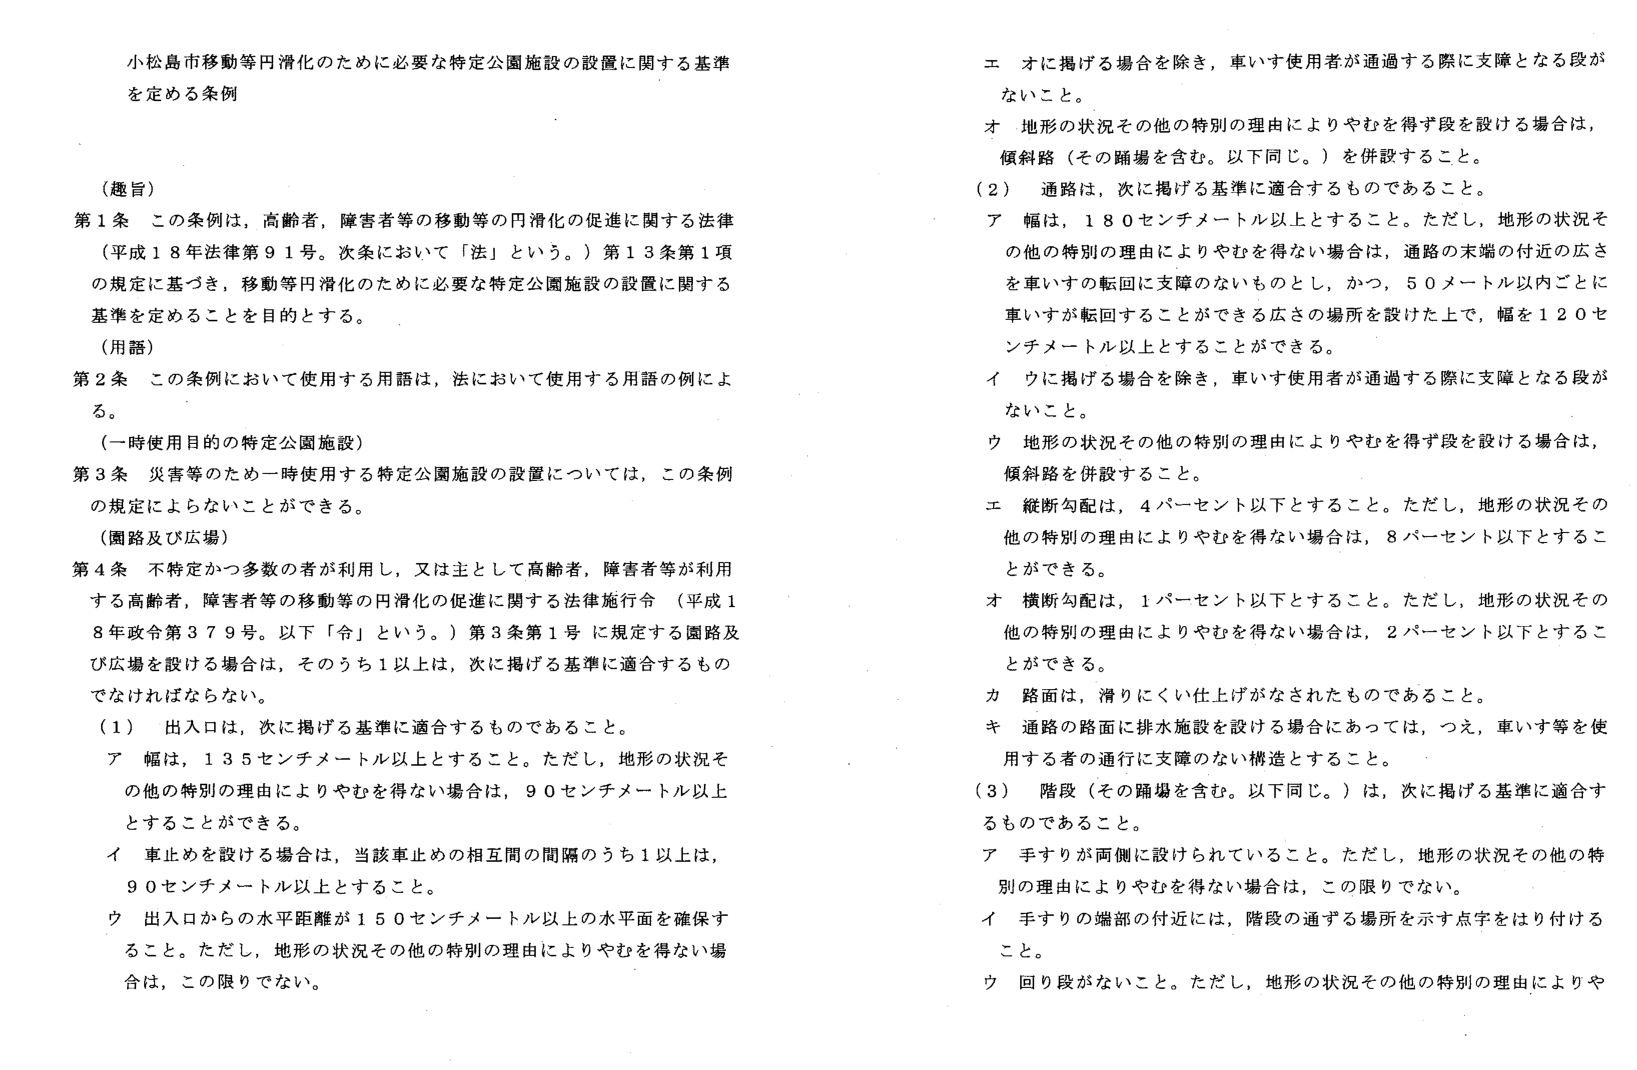
小松島市移動等円滑化のために必要な特定公園施設の設置に関する基準を定める条例

（趣旨）
第1条 この条例は、高齢者、障害者等の移動等の円滑化の促進に関する法律（平成18年法律第91号。次条において「法」という。）第13条第1項の規定に基づき、移動等円滑化のために必要な特定公園施設の設置に関する基準を定めることを目的とする。

（用語）
第2条 この条例において使用する用語は、法において使用する用語の例による。

（一時使用目的の特定公園施設）
第3条 災害等のため一時使用する特定公園施設の設置については、この条例の規定によらないことができる。

（園路及び広場）
第4条 不特定かつ多数の者が利用し、又は主として高齢者、障害者等が利用する高齢者、障害者等の移動等の円滑化の促進に関する法律施行令（平成18年政令第379号。以下「令」という。）第3条第1号に規定する園路及び広場を設ける場合は、そのうち1以上は、次に掲げる基準に適合するものでなければならない。

（1） 出入口は、次に掲げる基準に適合するものであること。
ア 幅は、135センチメートル以上とすること。ただし、地形の状況その他の特別の理由によりやむを得ない場合は、90センチメートル以上とすることことができる。
イ 車止めを設ける場合は、当該車止めの相互間の間隔のうち1以上は、90センチメートル以上とすること。
ウ 出入口からの水平距離が150センチメートル以上の水平面を確保すること。ただし、地形の状況その他の特別の理由によりやむを得ない場合は、この限りでない。

エ オに掲げる場合を除き、車いす使用者が通過する際に支障となる段がないこと。
オ 地形の状況その他の特別の理由によりやむを得ず段を設ける場合は、傾斜路（その踊場を含む。以下同じ。）を併設すること。
（2） 通路は、次に掲げる基準に適合するものであること。
ア 幅は、180センチメートル以上とすること。ただし、地形の状況その他の特別の理由によりやむを得ない場合は、通路の末端の付近の広さを車いすの転回に支障のないものとし、かつ、50メートル以内ごとに車いすが転回することができる広さの場所を設けた上で、幅を120センチメートル以上とすることができる。
イ ウに掲げる場合を除き、車いす使用者が通過する際に支障となる段がないこと。
ウ 地形の状況その他の特別の理由によりやむを得ず段を設ける場合は、傾斜路を併設すること。
エ 縦断勾配は、4パーセント以下とすること。ただし、地形の状況その他の特別の理由によりやむを得ない場合は、8パーセント以下とすることができる。
オ 横断勾配は、1パーセント以下とすること。ただし、地形の状況その他の特別の理由によりやむを得ない場合は、2パーセント以下とすることができる。
カ 路面は、滑りにくい仕上げがなされたものであること。
キ 通路の路面に排水施設を設ける場合にあっては、つえ、車いす等を使用する者の通行に支障のない構造とすること。
（3） 階段（その踊場を含む。以下同じ。）は、次に掲げる基準に適合するものであること。
ア 手すりが両側に設けられていること。ただし、地形の状況その他の特別の理由によりやむを得ない場合は、この限りでない。
イ 手すりの端部の附近には、階段の通ずる場所を示す点字をはり付けること。
ウ 回り段がないこと。ただし、地形の状況その他の特別の理由によりや